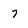
Character: 7